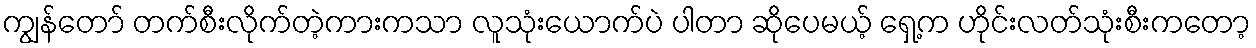
ကျွန်တော် တက်စီးလိုက်တဲ့ကားကသာ လူသုံးယောက်ပဲ ပါတာ ဆိုပေမယ့် ရှေ့က ဟိုင်းလတ်သုံးစီးကတော့